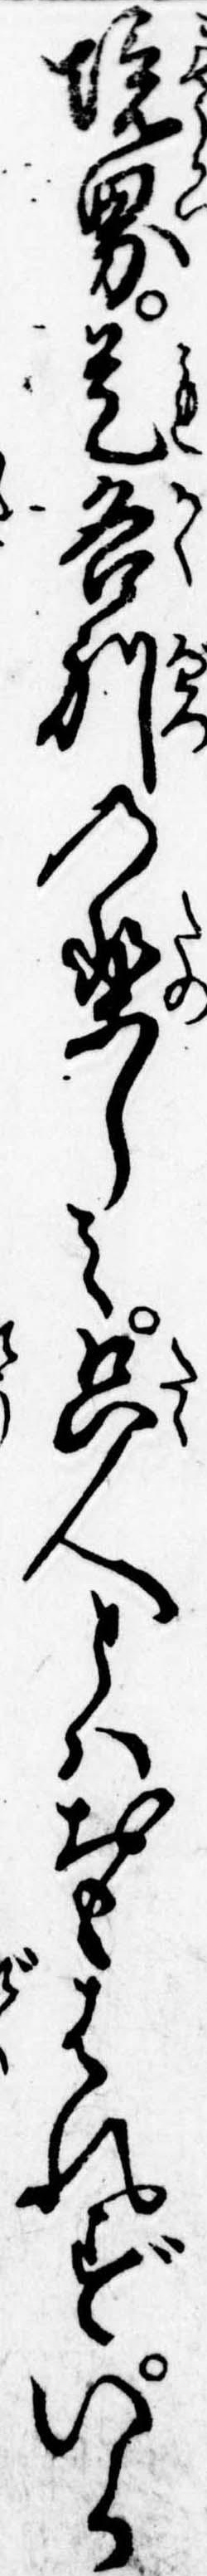
境界是各別の楽しみ只人とはおもはれずいか